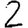
Digit: 2